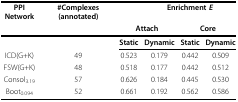
| PPI Network | #Complexes (annotated) |  | <COLSPAN=3> Enrichment E |
 |  |  | <COLSPAN=2> Attach | <COLSPAN=2> Core |
 | --- | --- | --- | --- | --- | --- |
 |  |  | Static | Dynamic | Static | Dynamic |
 | ICD(G+K) | 49 | 0.523 | 0.179 | 0.442 | 0.509 |
 | FSW(G+K) | 48 | 0.518 | 0.177 | 0.442 | 0.512 |
 | Consol3.19 | 57 | 0.626 | 0.184 | 0.445 | 0.530 |
 | Boot0.094 | 52 | 0.661 | 0.192 | 0.562 | 0.586 |